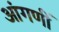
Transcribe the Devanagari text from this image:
आंगणीं